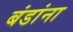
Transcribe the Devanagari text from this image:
बंडांना